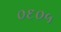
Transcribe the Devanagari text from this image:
०६०५